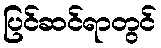
ပြင်ဆင်ရာတွင်